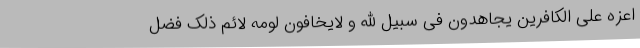
اعزه علی الکافرین یجاهدون فی سبیل الله و لایخافون لومه لائم ذلک فضل